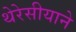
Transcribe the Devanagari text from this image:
थेरेसीयाने